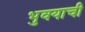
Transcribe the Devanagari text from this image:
भुवयाची